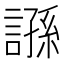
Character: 𧪾